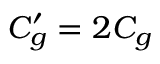
C _ { g } ^ { \prime } = 2 C _ { g }